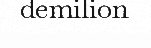
demilion